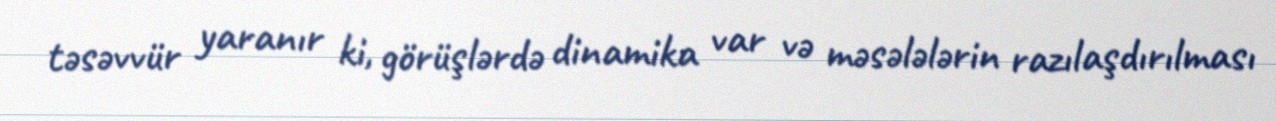
təsəvvür yaranır ki, görüşlərdə dinamika var və məsələlərin razılaşdırılması